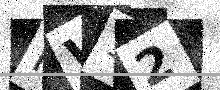
Text: KW12